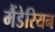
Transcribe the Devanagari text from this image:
मैंडेरियन